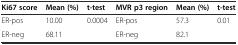
<table><thead><tr><td><b>Ki67 score</b></td><td><b>Mean (%)</b></td><td><b>t-test</b></td><td><b>MVR p3 region</b></td><td><b>Mean (%)</b></td><td><b>t-test</b></td></tr></thead><tbody><tr><td>ER-pos</td><td>10.00</td><td>0.0004</td><td>ER-pos</td><td>57.3</td><td>0.01</td></tr><tr><td>ER-neg</td><td>68.11</td><td></td><td>ER-neg</td><td>82.1</td><td></td></tr></tbody></table>